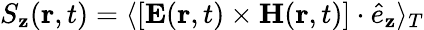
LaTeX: S_{\mathbf{z}}({\mathbf{r},t})=\langle[{\mathbf{E}}({\mathbf{r},t})\times{\mathbf{H}}({\mathbf{r},t})]\cdot\hat{{e}}_{\mathbf{z}}\rangle_{T}